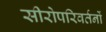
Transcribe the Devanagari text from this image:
सीरोपरिवर्तनों